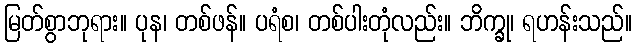
မြတ်စွာဘုရား။ ပုန၊ တစ်ဖန်။ ပရံစ၊ တစ်ပါးတုံလည်း။ ဘိက္ခု၊ ရဟန်းသည်။